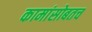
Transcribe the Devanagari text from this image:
कामांसोबतच